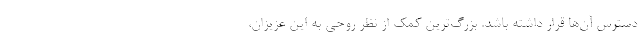
دسترس آن‌ها قرار داشته باشد. بزرگ‌ترین کمک از نظر روحی به این عزیزان،